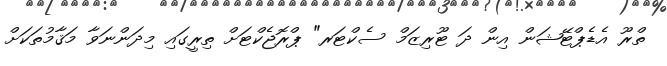
ތްރޫ އެޑެޕްޓޭޝަން އިން ދަ ޓޫރިޒަމް ސެކްޓަރ" ޕްރޮޖެކްޓަށް ތިރީގައި މިދަންނަވާ މަޤާމުތަކަށް